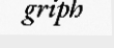
griph